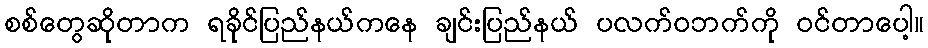
စစ်တွေဆိုတာက ရခိုင်ပြည်နယ်ကနေ ချင်းပြည်နယ် ပလက်၀ဘက်ကို ဝင်တာပေါ့။